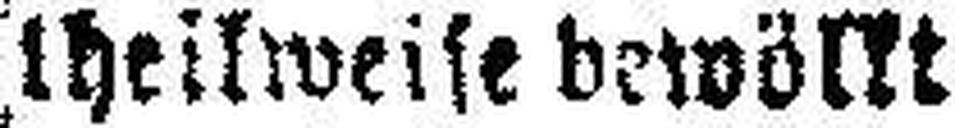
theilweise bewölkt